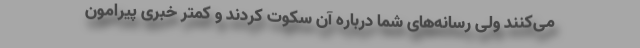
می‌کنند ولی رسانه‌های شما درباره آن سکوت کردند و کمتر خبری پیرامون